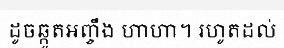
ដូចឆ្កួតអញ្ចឹង ហាហា។ រហូតដល់